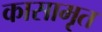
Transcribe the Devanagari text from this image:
कासामृत